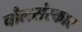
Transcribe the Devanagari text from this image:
चौलसंस्कार